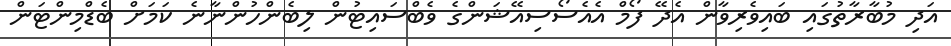
އަދި މުބާރާތުގައި ބައިވެރިވާން އެދޭ ފޯމް އެއެސޯސިއޭޝަންގެ ވެބްސައިޓުން ލިބެންހުންނާނެ ކަމަށް ބެޑްމިންޓަން